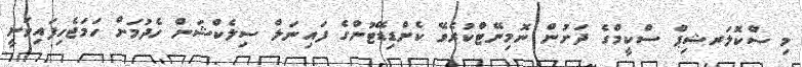
މި ސްކޮލަރޝިޕް ސްކީމްގެ ދަށުން ނޮމިނޭޓްކުރެވޭ ކެންޑިޑޭޓުންގެ ފައިނަލް ސިލެކްޝަން ހެދުމަށް ހަމަޖެހިފައިވަނީ